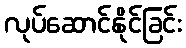
လုပ်ဆောင်နိုင်ခြင်း